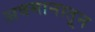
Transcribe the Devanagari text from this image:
अवमानातून